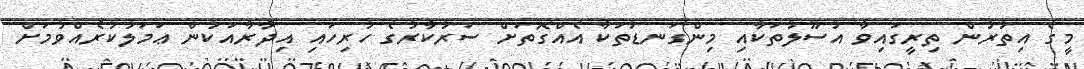
މީގެ އިތުރުން ތިރީގައިވާ އުސޫލުތަކާއި މިންގަނޑުތަކާ އެއްގޮތަށް ސަރުކާރުގެ ހުރިހައި އިދާރާއަކުން ޢަމަލުކުރެއްވުމަށް